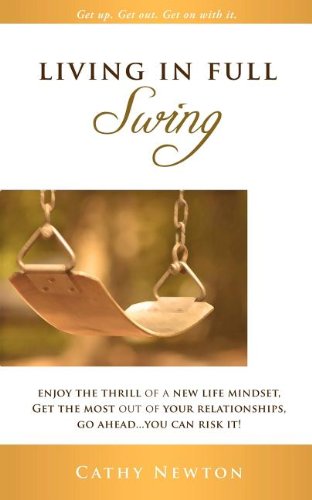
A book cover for Living in Full Swing: Enjoy the Thrill of a New Life Mindset, Get the Most Out of Your Relationships, Go Ahead...You Can Risk It!; Cathy Newton; Christian Books & Bibles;